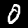
Label: 0